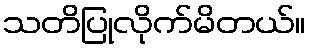
သတိပြုလိုက်မိတယ်။